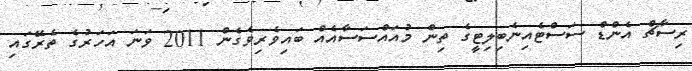
ރިސާޗް އެންޑް ސަސްޓެއިނެބިލިޓީގެ ތިން މުއައްސަސާއެއް ބައިވެރިވެގެން 2011 ވަަނަ އަހަރުގެ ތެރޭގައި